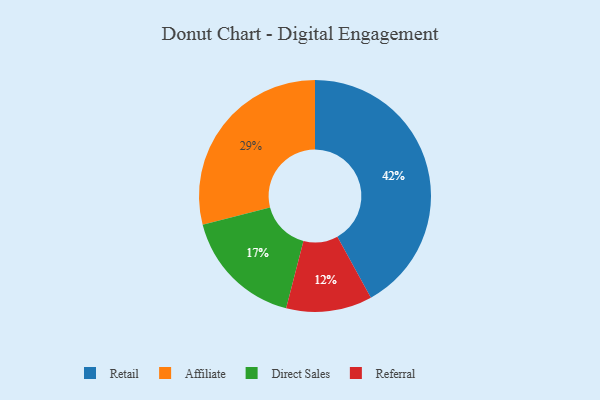
{"axis": {"x": "Category", "y": "Percentage"}, "legend": ["Affiliate", "Direct Sales", "Referral", "Retail"], "data": [{"x": "Direct Sales", "y": 17, "type": "Direct Sales"}, {"x": "Referral", "y": 12, "type": "Referral"}, {"x": "Affiliate", "y": 29, "type": "Affiliate"}, {"x": "Retail", "y": 42, "type": "Retail"}]}